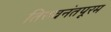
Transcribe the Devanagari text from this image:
तिरुवनंतपूरम